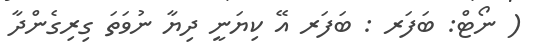
( ނޯޓް: ބަފަރ : ބަފަރ އޭ ކިޔަނީ ދިޔާ ނުވަތަ ގިރިގެންދާ